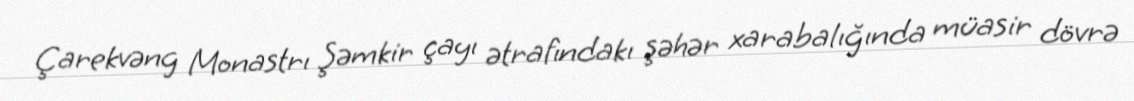
Çarekvəng Monastrı Şəmkir çayı ətrafındakı şəhər xarabalığında müasir dövrə